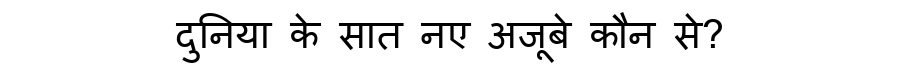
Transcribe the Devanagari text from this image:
दुनिया के सात नए अजूबे कौन से?